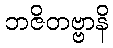
ဘဇိတဗ္ဗာနိ